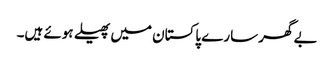
بے گھر سارے پاکستان میں پھیلے ہوئے ہیں۔